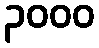
၃၀၀၀